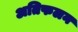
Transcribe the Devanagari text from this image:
अतिफलन